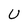
Character: U